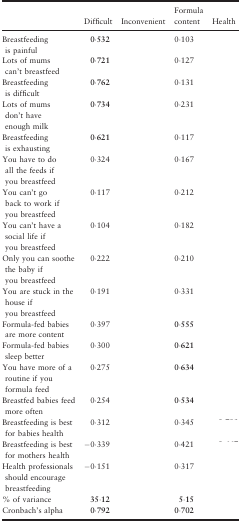
<table><thead><tr><td>[EMPTY_CELL]</td><td><b>Difficult</b></td><td><b>Inconvenient</b></td><td><b>Formula content</b></td><td><b>Health</b></td></tr></thead><tbody><tr><td>Breastfeeding is painful</td><td><b>0·532</b></td><td>[EMPTY_CELL]</td><td>0·103</td><td>[EMPTY_CELL]</td></tr><tr><td>Lots of mums can't breastfeed</td><td><b>0·721</b></td><td>[EMPTY_CELL]</td><td>0·127</td><td>[EMPTY_CELL]</td></tr><tr><td>Breastfeeding is difficult</td><td><b>0·762</b></td><td>[EMPTY_CELL]</td><td>0·131</td><td>[EMPTY_CELL]</td></tr><tr><td>Lots of mums don't have enough milk</td><td><b>0·734</b></td><td>[EMPTY_CELL]</td><td>0·231</td><td>[EMPTY_CELL]</td></tr><tr><td>Breastfeeding is exhausting</td><td><b>0·621</b></td><td>[EMPTY_CELL]</td><td>0·117</td><td>[EMPTY_CELL]</td></tr><tr><td>You have to do all the feeds if you breastfeed</td><td>0·324</td><td>[EMPTY_CELL]</td><td>0·167</td><td>[EMPTY_CELL]</td></tr><tr><td>You can't go back to work if you breastfeed</td><td>0·117</td><td>[EMPTY_CELL]</td><td>0·212</td><td>[EMPTY_CELL]</td></tr><tr><td>You can't have a social life if you breastfeed</td><td>0·104</td><td>[EMPTY_CELL]</td><td>0·182</td><td>[EMPTY_CELL]</td></tr><tr><td>Only you can soothe the baby if you breastfeed</td><td>0·222</td><td>[EMPTY_CELL]</td><td>0·210</td><td>[EMPTY_CELL]</td></tr><tr><td>You are stuck in the house if you breastfeed</td><td>0·191</td><td>[EMPTY_CELL]</td><td>0·331</td><td>[EMPTY_CELL]</td></tr><tr><td>Formula‐fed babies are more content</td><td>0·397</td><td>[EMPTY_CELL]</td><td><b>0·555</b></td><td>[EMPTY_CELL]</td></tr><tr><td>Formula‐fed babies sleep better</td><td>0·300</td><td>[EMPTY_CELL]</td><td><b>0·621</b></td><td>[EMPTY_CELL]</td></tr><tr><td>You have more of a routine if you formula feed</td><td>0·275</td><td>[EMPTY_CELL]</td><td><b>0·634</b></td><td>[EMPTY_CELL]</td></tr><tr><td>Breastfed babies feed more often</td><td>0·254</td><td>[EMPTY_CELL]</td><td><b>0·534</b></td><td>[EMPTY_CELL]</td></tr><tr><td>Breastfeeding is best for babies health</td><td>0·312</td><td>[EMPTY_CELL]</td><td>0·345</td><td>[EMPTY_CELL]</td></tr><tr><td>Breastfeeding is best for mothers health</td><td>−0·339</td><td>[EMPTY_CELL]</td><td>0·421</td><td>[EMPTY_CELL]</td></tr><tr><td>Health professionals should encourage breastfeeding</td><td>−0·151</td><td>[EMPTY_CELL]</td><td>0·317</td><td>[EMPTY_CELL]</td></tr><tr><td>% of variance</td><td><b>35·12</b></td><td>[EMPTY_CELL]</td><td><b>5·15</b></td><td>[EMPTY_CELL]</td></tr><tr><td>Cronbach's alpha</td><td><b>0·792</b></td><td>[EMPTY_CELL]</td><td><b>0·702</b></td><td>[EMPTY_CELL]</td></tr></tbody></table>